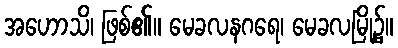
အဟောသိ၊ ဖြစ်၏။ မေခလနဂရေ၊ မေခလမြို့၌။